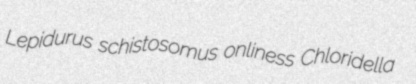
Lepidurus schistosomus onliness Chloridella